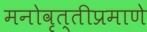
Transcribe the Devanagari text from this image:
मनोवृत्तीप्रमाणे